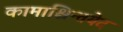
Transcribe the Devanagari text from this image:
कामाश्चिन्तयेद